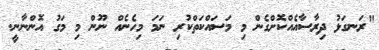
"ރަނގަޅު ދިރާސާއެއްކޮށްގެން މި މަސައްކަތްކުރި ނަމަ މިހެނެއް ނޫން މި މަގު އޮންނާނީ.